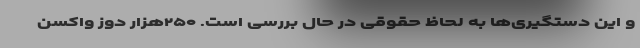
و این دستگیری‌ها به لحاظ حقوقی در حال بررسی است. ۲۵۰هزار دوز واکسن